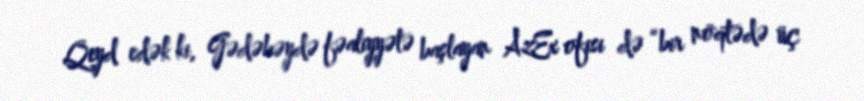
Qeyd edək ki, Gədəbəydə fəaliyyətə başlayan AzEx ofisi də “bir nöqtədə üç